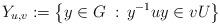
LaTeX: \begin{align*}Y_{u,v} := \left\{y\in G \;:\, y^{-1}uy\in vU\right\} \end{align*}